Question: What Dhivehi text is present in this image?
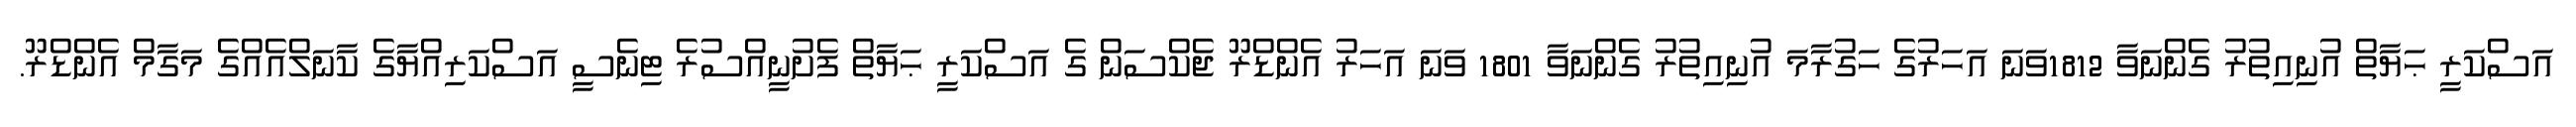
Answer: އަސްކަރީ ޙަޔާތް އުނިއިތުރު ގެންނަވާ 1812ވަނަ އަހަރުގެ ހަގުރާމަ އުނިއިތުރު ގެންނަވާ 1801 ވަނަ އަހަރު އެންޑްރޫ ޖެކްސަން ގެ އަސްކަރީ ޙަޔާތް ފެށުނީއްސުރެ ޓިނެސީ އަސްކަރިއްޔާގެ ކާނަލްއެއްގެ މަގާމް އެންޑްރޫ.